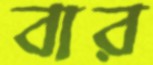
বার